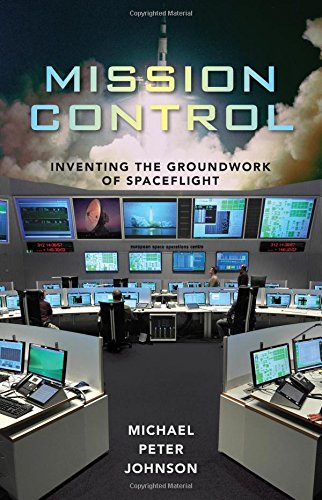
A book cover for Mission Control: Inventing the Groundwork of Spaceflight; Michael Peter Johnson; Science & Math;